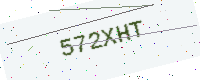
Text: 572XHT